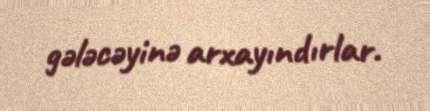
gələcəyinə arxayındırlar.